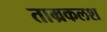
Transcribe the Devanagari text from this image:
ताम्रकलश